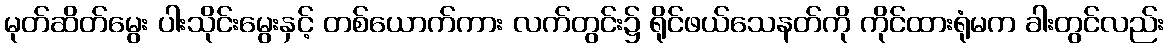
မုတ်ဆိတ်မွေး ပါးသိုင်းမွေးနှင့် တစ်ယောက်ကား လက်တွင်း၌ ရိုင်ဖယ်သေနတ်ကို ကိုင်ထားရုံမက ခါးတွင်လည်း